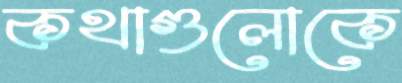
কথাগুলোকে